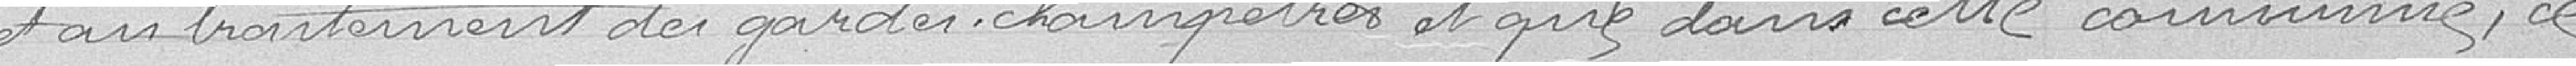
et au traitement des gardes-champêtres et que dans cette commune ce